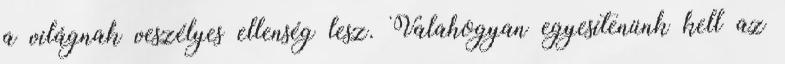
a világnak veszélyes ellenség lesz. Valahogyan egyesítenünk kell az